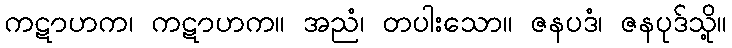
ကဋာဟက၊ ကဋာဟက။ အညံ၊ တပါးသော။ ဇနပဒံ၊ ဇနပုဒ်သို့။